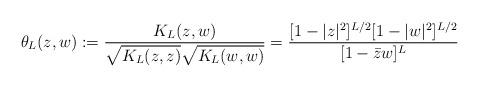
LaTeX: \begin{align*}\theta_L(z,w):=\frac{K_L(z,w)}{\sqrt{K_L(z,z)} \sqrt{K_L(w,w)}}=\frac{[1-|z|^2]^{L/2} [1-|w|^2]^{L/2}}{[1-\bar z w]^L}\end{align*}